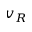
v _ { R }